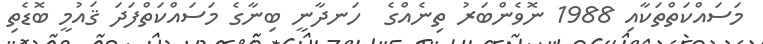
މަސައްކަތްތަކާއި 1988 ނޮވެންބަރު ތިނެއްގެ  ހަނދާނީ ބިނާގެ މަސައްކަތްފަދަ ޤައުމީ ބޮޑެތި